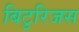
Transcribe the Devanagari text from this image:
बिटुरिजस